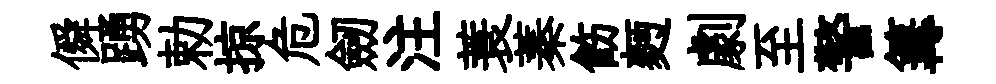
僢踴勅掠危劒注蓑蓁飭麪劇至警篝